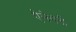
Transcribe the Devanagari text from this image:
ऐलेगनी